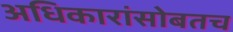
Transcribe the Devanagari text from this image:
अधिकारांसोबतच